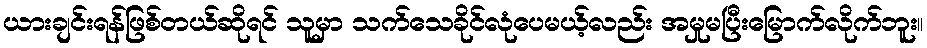
ယားချင်းရန်ဖြစ်တယ်ဆိုရင် သူမှာ သက်သေခိုင်လုံပေမယ့်လည်း အမှုမပြီးမြောက်လိုက်ဘူး။